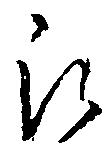
被